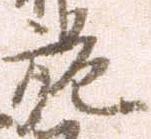
施